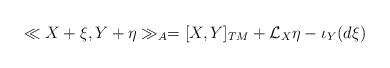
LaTeX: \begin{align*} \ll X+\xi,Y+\eta\gg_A= [X,Y]_{TM}+ \mathcal{L}_X\eta- \iota_Y(d\xi)\end{align*}